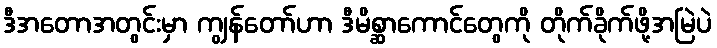
ဒီအတောအတွင်းမှာ ကျွန်တော်ဟာ ဒီမိစ္ဆာကောင်တွေကို တိုက်ခိုက်ဖို့အမြဲပဲ